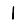
Digit: 1